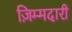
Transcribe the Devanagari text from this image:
ज़िम्मदारी